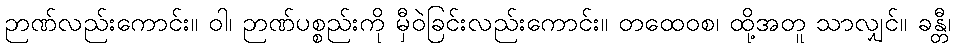
ဉာဏ်လည်းကောင်း။ ဝါ၊ ဉာဏ်ပစ္စည်းကို မှီဝဲခြင်းလည်းကောင်း။ တထေဝစ၊ ထို့အတူ သာလျှင်။ ခန္တီ၊